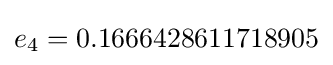
e_{4}=0.1666428611718905